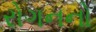
રોગનનો